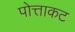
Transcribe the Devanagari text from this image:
पोत्ताकट